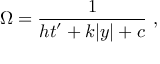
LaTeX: \Omega = { \frac { 1 } { \displaystyle { h t ^ { \prime } + k | y | + c } } } ~ , ~ \,